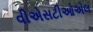
વીએસટીઓએલ